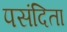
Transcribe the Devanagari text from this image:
पसंदिता